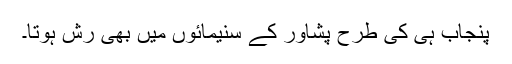
پنجاب ہی کی طرح پشاور کے سنیمائوں میں بھی رش ہوتا۔